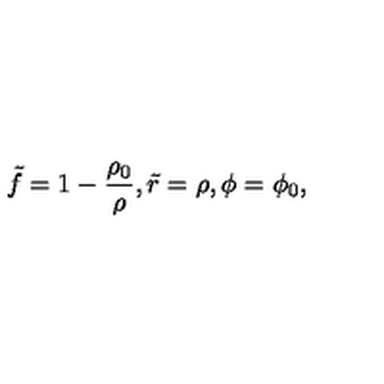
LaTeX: \tilde { f } = 1 - \frac { \rho _ { 0 } } { \rho } , \tilde { r } = \rho , \phi = \phi _ { 0 } ,